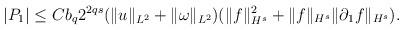
LaTeX: \begin{align*}|P_{1}|\leq Cb_q2^{2qs}(\|u\|_{L^2}+\|\omega\|_{L^2})(\|f\|_{H^s}^2+\|f\|_{H^s}\|\partial_1f\|_{H^s}).\end{align*}